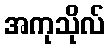
အကုသိုလ်